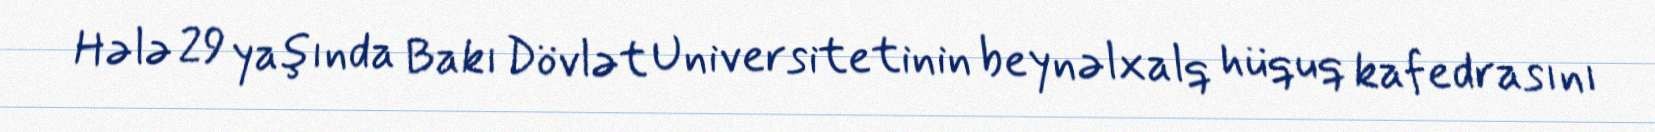
Hələ 29 yaşında Bakı Dövlət Universitetinin beynəlxalq hüquq kafedrasını